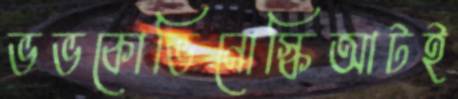
ভভকোভিনোস্কিআটই